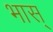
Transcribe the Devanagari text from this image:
भास्